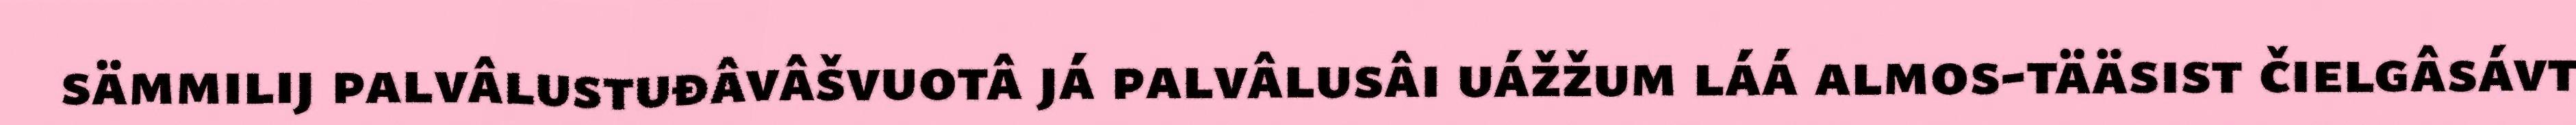
sämmilij palvâlustuđâvâšvuotâ já palvâlusâi uážžum láá almos-tääsist čielgâsávt